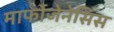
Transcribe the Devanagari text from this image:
मार्फोजेनेसिस